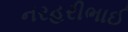
નરહરીભાઈ